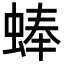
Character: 蜯